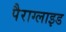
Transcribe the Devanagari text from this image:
पैराग्लाइड